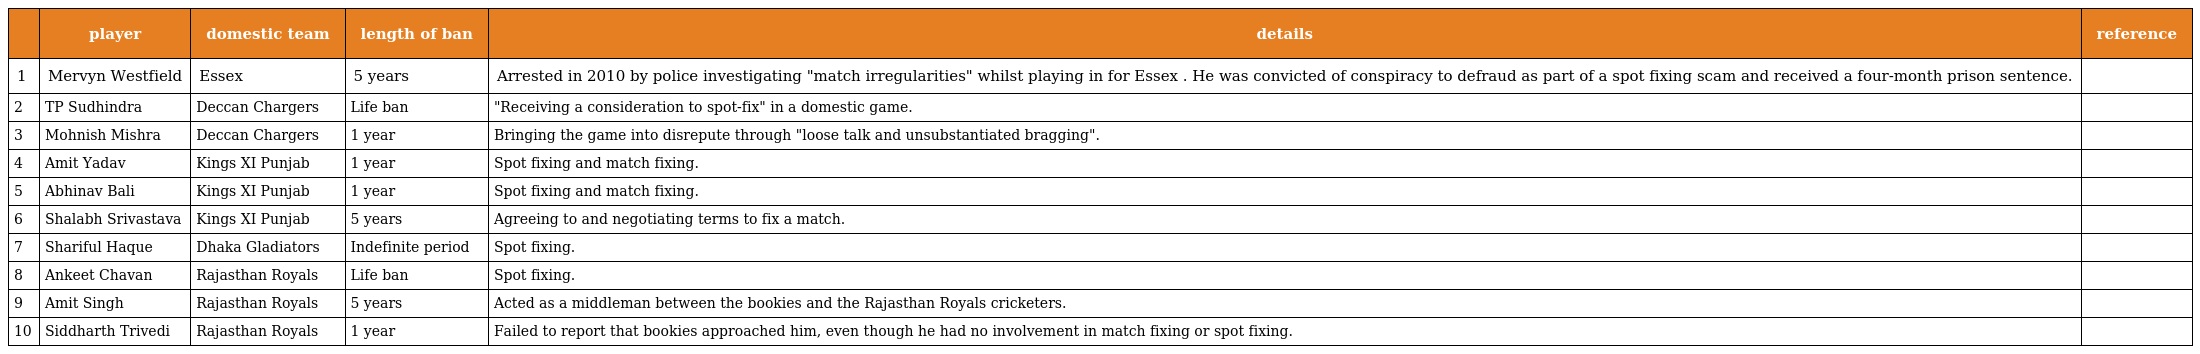
|  | player | domestic team | length of ban | details | reference |
 | --- | --- | --- | --- | --- | --- |
 | 1 | Mervyn Westfield | Essex | 5 years | Arrested in 2010 by police investigating "match irregularities" whilst playing in for Essex . He was convicted of conspiracy to defraud as part of a spot fixing scam and received a four-month prison sentence. |  |
 | 2 | TP Sudhindra | Deccan Chargers | Life ban | "Receiving a consideration to spot-fix" in a domestic game. |  |
 | 3 | Mohnish Mishra | Deccan Chargers | 1 year | Bringing the game into disrepute through "loose talk and unsubstantiated bragging". |  |
 | 4 | Amit Yadav | Kings XI Punjab | 1 year | Spot fixing and match fixing. |  |
 | 5 | Abhinav Bali | Kings XI Punjab | 1 year | Spot fixing and match fixing. |  |
 | 6 | Shalabh Srivastava | Kings XI Punjab | 5 years | Agreeing to and negotiating terms to fix a match. |  |
 | 7 | Shariful Haque | Dhaka Gladiators | Indefinite period | Spot fixing. |  |
 | 8 | Ankeet Chavan | Rajasthan Royals | Life ban | Spot fixing. |  |
 | 9 | Amit Singh | Rajasthan Royals | 5 years | Acted as a middleman between the bookies and the Rajasthan Royals cricketers. |  |
 | 10 | Siddharth Trivedi | Rajasthan Royals | 1 year | Failed to report that bookies approached him, even though he had no involvement in match fixing or spot fixing. |  |